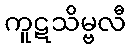
ကူဋသိမ္ဗလီ